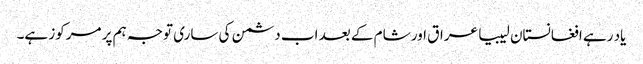
یاد رہے افغانستان لیبیا عراق اور شام کے بعد اب دشمن کی ساری توجہ ہم پر مرکوز ہے۔